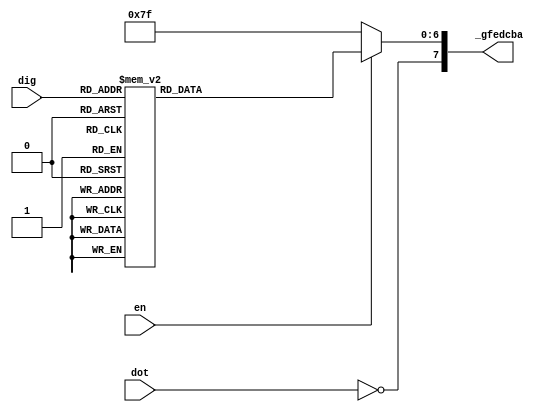
module display_driver
(
    input        en,
    input  [3:0] dig,
    input        dot,
    output [7:0] _gfedcba
);

    // . g f e d c b a   // Letter from the diagram below
    // 7 6 5 4 3 2 1 0   // Bit in _gfedcba

    //   --a--
    //  |     |
    //  f     b
    //  |     |
    //   --g--
    //  |     |
    //  e     c
    //  |     |
    //   --d-- 

    reg [6:0] gfedcba;

    always @*
        if (! en)
            gfedcba = 7'b1111111;
        else
            case (dig)
            4'h0: gfedcba = 7'b1000000;
            4'h1: gfedcba = 7'b1111001;
            4'h2: gfedcba = 7'b0100100;
            4'h3: gfedcba = 7'b0110000;
            4'h4: gfedcba = 7'b0011001;
            4'h5: gfedcba = 7'b0010010;
            4'h6: gfedcba = 7'b0000010;
            4'h7: gfedcba = 7'b1111000;
            4'h8: gfedcba = 7'b0000000;
            4'h9: gfedcba = 7'b0010000;
            4'ha: gfedcba = 7'b0001000;
            4'hb: gfedcba = 7'b0000011;
            4'hc: gfedcba = 7'b1000110;
            4'hd: gfedcba = 7'b0100001;
            4'he: gfedcba = 7'b0000110;
            4'hf: gfedcba = 7'b0001110;
            endcase

    assign _gfedcba = { ~ dot, gfedcba };

endmodule